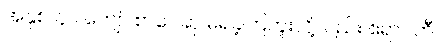
အနှစ် ၄၀ ကျော် စာပေဆု မရခဲ့ကြဘူးလို့လည်း ဧရာဝတီ